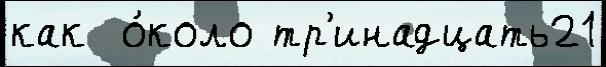
как  о́коло тр'инадцать21